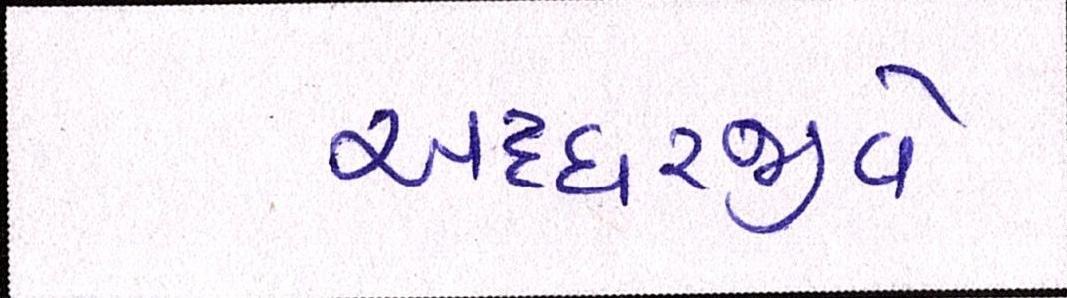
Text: અધ્ધરજીવે